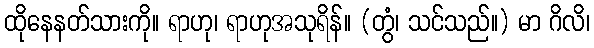
ထိုနေနတ်သားကို။ ရာဟု၊ ရာဟုအသုရိန်။ (တွံ၊ သင်သည်။) မာ ဂိလိ၊